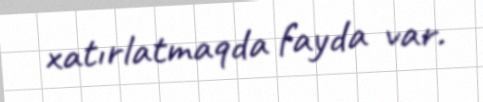
xatırlatmaqda fayda var.